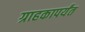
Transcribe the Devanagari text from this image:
ग्राहकापर्यंत